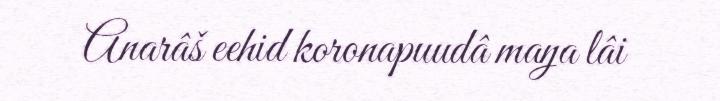
Anarâš eehid koronapuudâ maŋa lâi